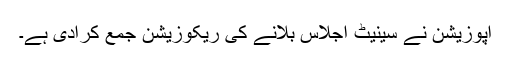
اپوزیشن نے سینیٹ اجلاس بلانے کی ریکوزیشن جمع کرادی ہے۔